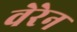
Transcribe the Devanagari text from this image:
वेरेन